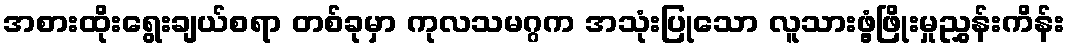
အစားထိုးရွေးချယ်စရာ တစ်ခုမှာ ကုလသမဂ္ဂက အသုံးပြုသော လူသားဖွံ့ဖြိုးမှုညွှန်းကိန်း